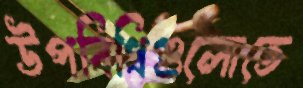
উপবিধিগুলোতে